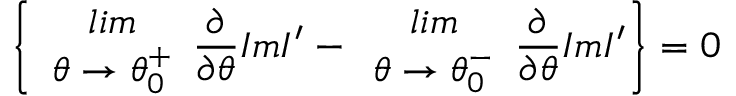
\left\{ \begin{array} { c } { { l i m } } \\ { { \theta \rightarrow \theta _ { 0 } ^ { + } } } \end{array} \frac { \partial } { \partial \theta } I m I ^ { \prime } - \begin{array} { c } { { l i m } } \\ { { \theta \rightarrow \theta _ { 0 } ^ { - } } } \end{array} \frac { \partial } { \partial \theta } I m I ^ { \prime } \right\} = 0